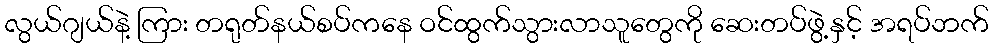
လွယ်ဂျယ်နဲ့ ကြား တရုတ်နယ်စပ်ကနေ ဝင်ထွက်သွားလာသူတွေကို ဆေးတပ်ဖွဲ့နှင့် အရပ်ဘက်